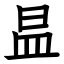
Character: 昷